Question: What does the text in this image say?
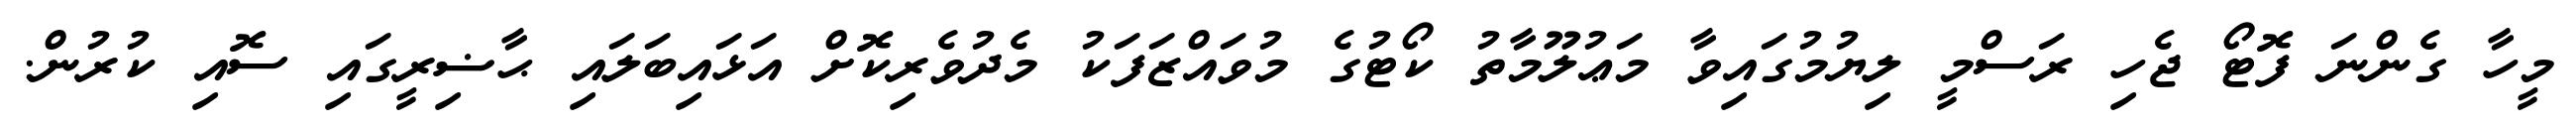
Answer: މީހާ ގެންނަ ފޮޓޯ ޖެހި ރަސްމީ ލިޔުމުގައިވާ މަޢުލޫމާތު ކޯޓުގެ މުވައްޒަފަކު މެދުވެރިކޮށް އަޅައިބަލައި ޙާޟިރީގައި ސޮއި ކުރުން.